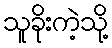
သူခိုးကဲ့သို့